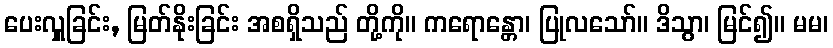
ပေးလှူခြင်း, မြတ်နိုးခြင်း အစရှိသည် တို့ကို။ ကရောန္တော၊ ပြုလသော်။ ဒိသွာ၊ မြင်၍။ မမ၊